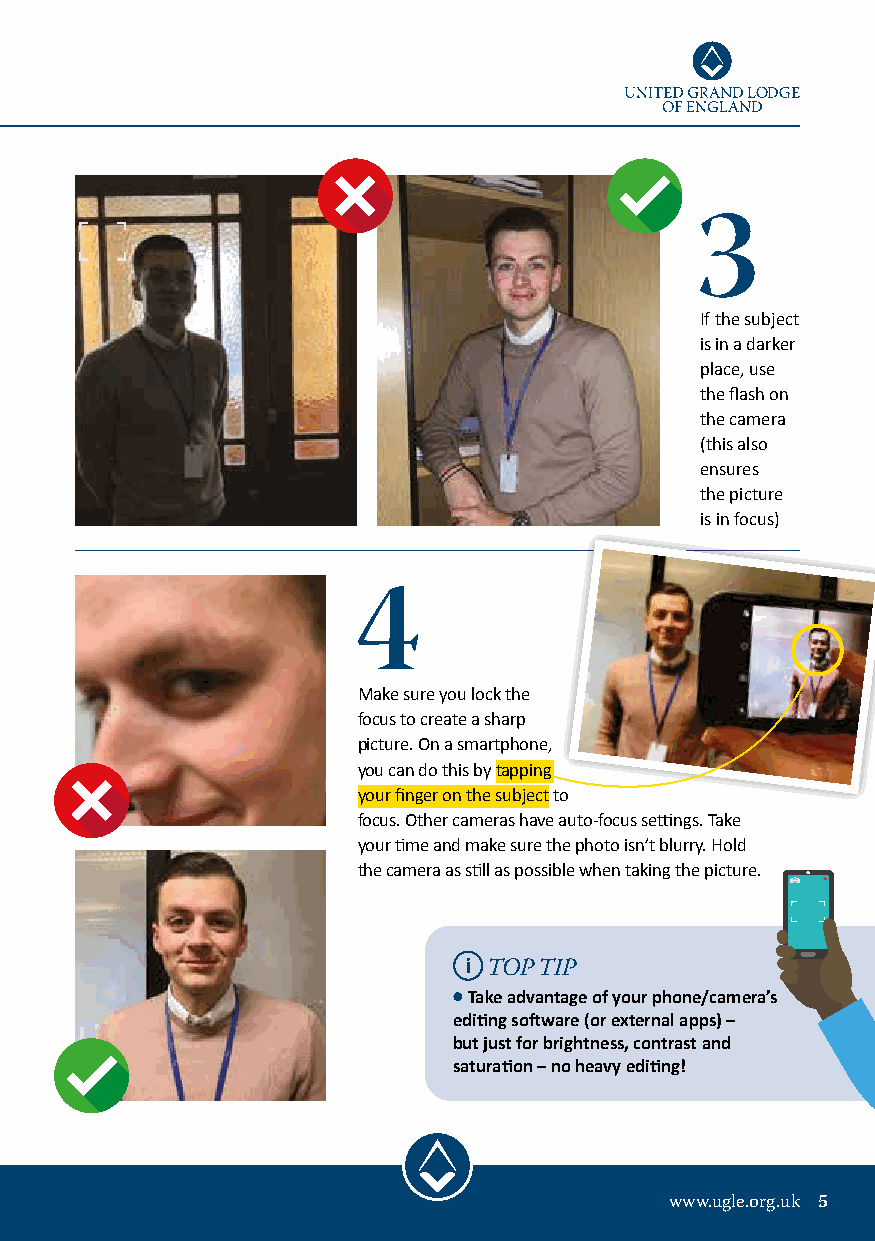
3
 If the subject
 is in a darker
 place, use
 the flash on
 the camera
 (this also
 ensures
 the picture
 is in focus)
 4
 Make sure you lock the
 focus to create a sharp
 picture. On a smartphone,
 you can do this by tapping
 your finger on the subject to
 focus. Other cameras have auto-focus settings. Take
 your time and make sure the photo isn’t blurry. Hold
 the camera as still as possible when taking the picture.
 TOP TIP
 l Take advantage of your phone/camera’s
 editing software (or external apps) –
 but just for brightness, contrast and
 saturation – no heavy editing!
 www.ugle.org.uk 5